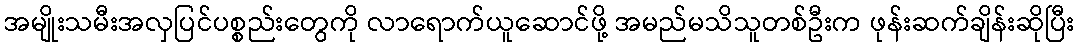
အမျိုးသမီးအလှပြင်ပစ္စည်းတွေကို လာရောက်ယူဆောင်ဖို့ အမည်မသိသူတစ်ဦးက ဖုန်းဆက်ချိန်းဆိုပြီး